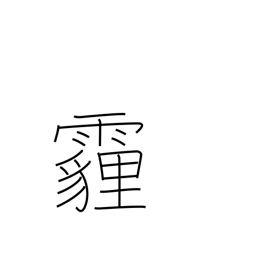
Meaning: wind-blown dust falling like rain